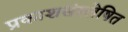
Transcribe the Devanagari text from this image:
प्रकाशसंश्लेषित